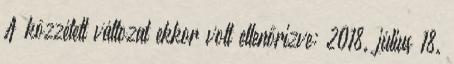
A közzétett változat ekkor volt ellenőrizve: 2018. július 18.